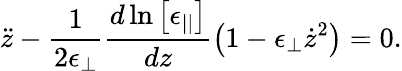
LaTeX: \ddot{z}-\frac{1}{2\epsilon_{\perp}}\frac{d\ln\left[\epsilon_{||}\right]}{dz}\left(1-\epsilon_{\perp}\dot{z}^{2}\right)=0.